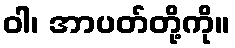
ဝါ၊ အာပတ်တို့ကို။